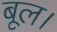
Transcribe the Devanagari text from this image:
बूल।